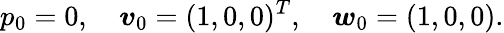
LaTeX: p_{0}=0,\quad\boldsymbol{v}_{0}=(1,0,0)^{T},\quad\boldsymbol{w}_{0}=(1,0,0).